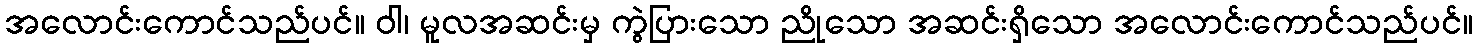
အလောင်းကောင်သည်ပင်။ ဝါ၊ မူလအဆင်းမှ ကွဲပြားသော ညိုသော အဆင်းရှိသော အလောင်းကောင်သည်ပင်။